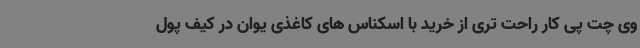
وی چت پی کار راحت تری از خرید با اسکناس های کاغذی یوان در کیف پول